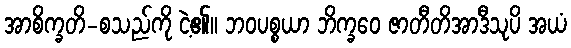
အာစိက္ခတိ-စသည်ကို ငဲ့၏။ ဘဝပစ္စယာ ဘိက္ခဝေ ဇာတီတိအာဒီသုပိ အယံ